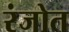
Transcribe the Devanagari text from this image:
रंजोत